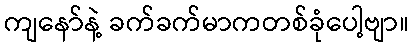
ကျနော်နဲ့ ခက်ခက်မာကတစ်ခုံပေါ့ဗျာ။